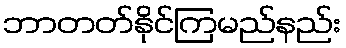
ဘာတတ်နိုင်ကြမည်နည်း